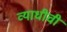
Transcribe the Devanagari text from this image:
व्याधीची